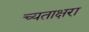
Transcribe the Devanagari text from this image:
च्यताक्षरा